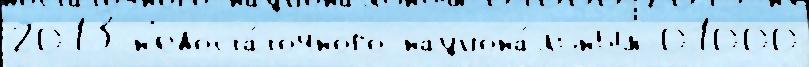
2013 н'едоста́точного национа́льным 01000